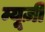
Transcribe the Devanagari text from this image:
म्यू़ज़ी